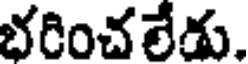
భరించలేడు.